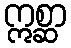
ဣစ္ဆာ